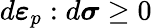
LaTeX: d{\boldsymbol{\varepsilon}}_{p}:d{\boldsymbol{\sigma}}\geq 0